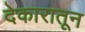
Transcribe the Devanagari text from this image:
देकारातून